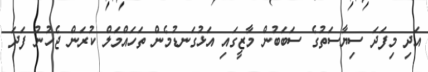
އަދި މިފަދަ ސިޔާސަތުގެ ސަބަބުން މާޒީގައި އަޅުގަނޑުމެން ތަހައްމަލް ކުރަން ޖެހުނު ފަދަ